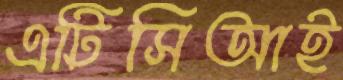
এটিসিআই